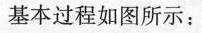
基本过程如图所示：